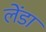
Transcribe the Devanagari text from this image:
लेंडा